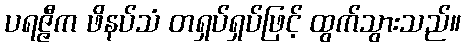
ပရဇ္ဇီက ဖိနပ်သံ တရှပ်ရှပ်ဖြင့် ထွက်သွားသည်။